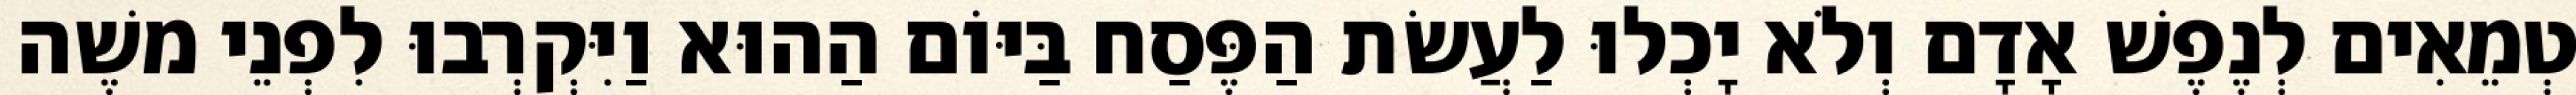
טְמֵאִים לְנֶפֶשׁ אָדָם וְלֹא יָכְלוּ לַעֲשׂת הַפֶּסַח בַּיּוֹם הַהוּא וַיִּקְרְבוּ לִפְנֵי משֶׁה